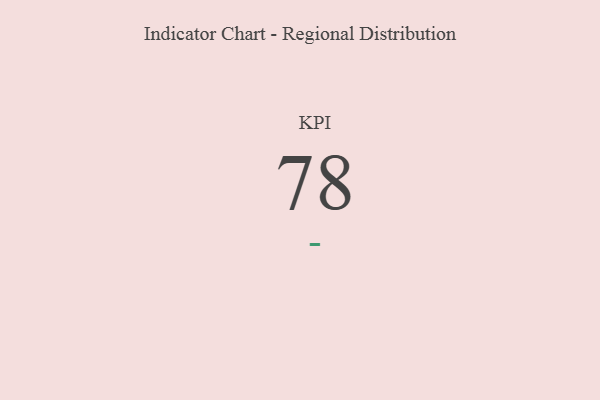
{"axis": {"x": "KPI", "y": "Value"}, "legend": [""], "data": [{"x": "KPI", "y": 78, "type": ""}]}